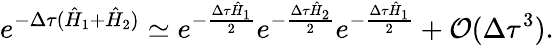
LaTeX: e^{-\Delta\tau(\hat{H}_{1}+\hat{H}_{2})}\simeq e^{-\frac{\Delta\tau\hat{H}_{1}}{2}}e^{-\frac{\Delta\tau\hat{H}_{2}}{2}}e^{-\frac{\Delta\tau\hat{H}_{1}}{2}}+\mathcal{O}(\Delta\tau^{3}).